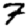
Digit: 7